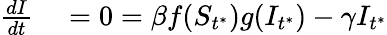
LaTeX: \begin{array}{rl}{\frac{dI}{dt}}&{{}=0=\beta f(S_{t^{*}})g(I_{t^{*}})-\gamma I_{t^{*}}}\end{array}